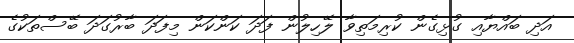
އަދި ބައްޔާއި ގުޅިގެން ކުރިމަތިވާ ލޭހިލުން ފަދަ ކަންކަން މިފަދަ ބާރުގަދަ ބޭސްތަކުގެ